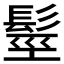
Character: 𩭙